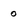
Character: 0